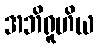
အဘိရူဟိယ